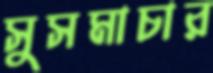
সুসমাচার